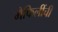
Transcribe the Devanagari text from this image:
मैफिलींची